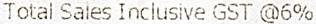
TOTAL SALES INCLUSIVE GST @6%